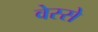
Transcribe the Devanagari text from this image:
वेस्से